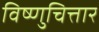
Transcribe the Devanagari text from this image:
विष्णुचित्तार